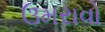
ઉમરાવો